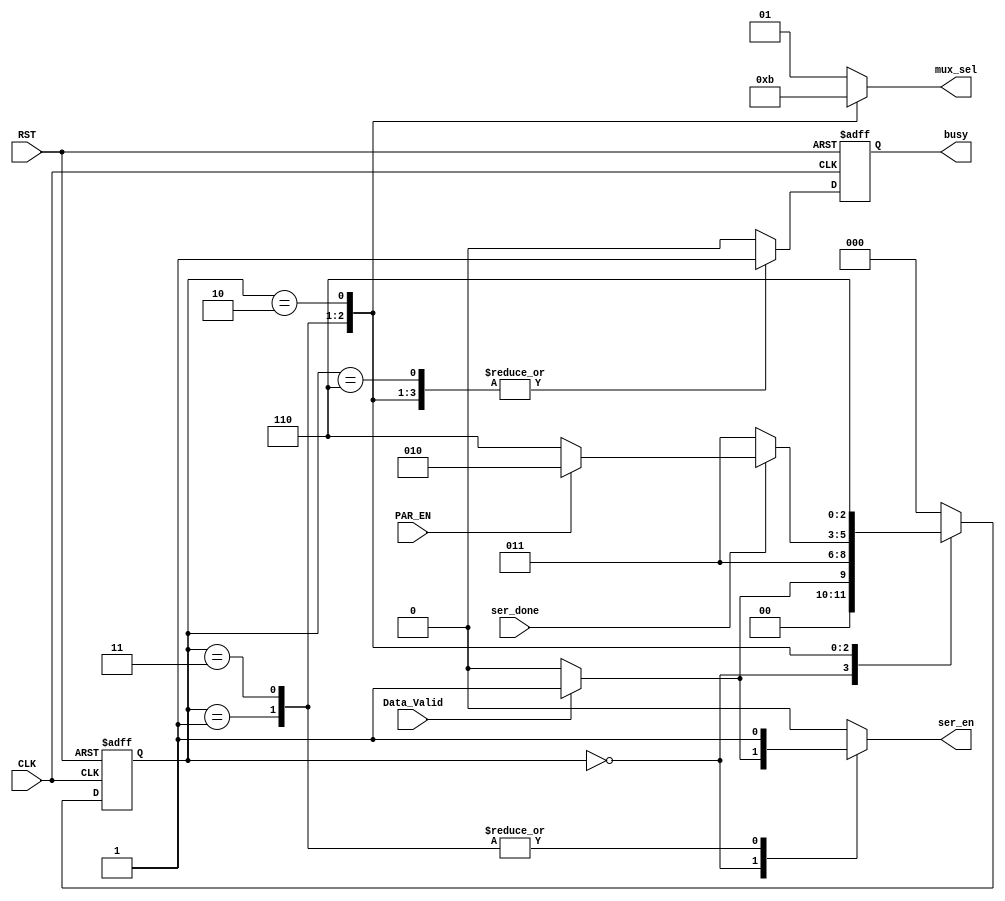
module FSM_TX 
(
input wire Data_Valid,
input wire ser_done,
input wire PAR_EN,
input wire CLK,RST,
output reg ser_en,
output reg [1:0] mux_sel,
output reg busy
);


localparam [2:0]      IDLE        = 4'b0000,
					  start_bit   = 4'b0001,
					  transfering = 4'b0011,
					  parity_bit  = 4'b0010,
					  stop_bit    = 4'b0110;
					   
	reg                    busy_c ;				   
reg    [2:0] current_state,next_state ;
					  
always@(posedge CLK or negedge RST)
 begin
	if(!RST)
		begin
			current_state <= IDLE ;
		end
	else
		begin
			current_state <= next_state ;
		end
 end
 
always @(*)
 begin
	case(current_state)
	
	IDLE 		:	begin
						if(Data_Valid)
							next_state = start_bit;
						else
							next_state = IDLE ;
					end
			
    start_bit 	:   begin 
						next_state = transfering;
					end
	
	transfering :   begin
						if(!ser_done)
							next_state = transfering;
						else if (PAR_EN)
							next_state = parity_bit;
						else
							next_state = stop_bit ;
				    end
	
	parity_bit  :	begin
						next_state = stop_bit ;
					end

	stop_bit 	:   begin
						next_state = IDLE ; 
				    end 			
	default :   next_state = IDLE ;	
	endcase
 end
 
 
 always @(*)
 begin
	mux_sel = 2'b01;
	busy_c 	= 1'b0;
	ser_en  = 1'b0;
	case(current_state)
	
	IDLE 		:	begin
						if(Data_Valid)
							begin
								//mux_sel = 2'b00;
								//busy_c    = 1'b1 ;
								ser_en  = 1'b1;
							end
						else
							begin
								busy_c    = 1'b0 ;
								mux_sel = 2'b01;
								ser_en  = 1'b0;
							end
					end
			
    start_bit 	:   begin 
						mux_sel = 2'b00;
						ser_en  = 1'b1;
						busy_c 	= 1'b1;
				    end
	
	transfering :   begin
						mux_sel = 2'b10;
						ser_en  = 1'b1;
						busy_c 	= 1'b1;
				    end
	
	parity_bit  :	begin
						mux_sel = 2'b11;
						busy_c 	= 1'b1;
					end
	
	stop_bit 	:   begin 	
						mux_sel = 2'b01;
						busy_c 	= 1'b1;
				    end 			
	default 	:	begin
						busy_c    = 1'b0 ;
						mux_sel = 2'b01;
						ser_en  = 1'b0;
					end
	endcase
 end
 
 always @ (posedge CLK or negedge RST)
 begin
  if(!RST)
   begin
    busy <= 1'b0 ;
   end
  else
   begin
    busy <= busy_c ;
   end
 end
  
 endmodule
 
 
 /*
 
module uart_tx_fsm  (

 input   wire                  CLK,
 input   wire                  RST,
 input   wire                  Data_Valid, 
 input   wire                  ser_done, 
 input   wire                  parity_enable, 
 output  reg                   Ser_enable,
 output  reg     [1:0]         mux_sel, 
 output  reg                   busy
);


// gray state encoding
parameter   [2:0]      IDLE   = 3'b000,
                       start  = 3'b001,
					   data   = 3'b011,
					   parity = 3'b010,
					   stop   = 3'b110 ;

reg         [2:0]      current_state , next_state ;
			

reg                    busy_c ;
			
//state transiton 
always @ (posedge CLK or negedge RST)
 begin
  if(!RST)
   begin
    current_state <= IDLE ;
   end
  else
   begin
    current_state <= next_state ;
   end
 end
 

// next state logic
always @ (*)
 begin
  case(current_state)
  IDLE   : begin
            if(Data_Valid)
			 next_state = start ;
			else
			 next_state = IDLE ; 			
           end
  start  : begin
			 next_state = data ;  
           end
  data   : begin
            if(ser_done)
			 begin
			  if(parity_enable)
			   next_state = parity ;
              else
			   next_state = stop ;			  
			 end
			else
			 next_state = data ; 			
           end
  parity : begin
			 next_state = stop ; 
           end
  stop   : begin
            if(Data_Valid)
			   next_state = start ;
			else
			   next_state = IDLE ; 			
           end	
  default: begin
			 next_state = IDLE ; 
           end	
  endcase                 	   
 end 

 
// output logic
always @ (*)
 begin
     Ser_enable = 1'b0 ;
     mux_sel = 2'b00 ;	
     busy_c = 1'b0 ;
  case(current_state)
  IDLE   : begin
			Ser_enable = 1'b0 ;
            mux_sel = 2'b11 ;	
            busy_c = 1'b0 ;									
           end
  start  : begin
			Ser_enable = 1'b0 ;  
            busy_c = 1'b1 ;
            mux_sel = 2'b00 ;	
           end
  data   : begin 
			Ser_enable = 1'b1 ;    
            busy_c = 1'b1 ;
            mux_sel = 2'b01 ;	
            if(ser_done)
			 Ser_enable = 1'b0 ;  
			else
 			 Ser_enable = 1'b1 ;              			 
           end
  parity : begin
            busy_c = 1'b1 ;
            mux_sel = 2'b10 ;	
           end
  stop   : begin
            busy_c = 1'b1 ;
            mux_sel = 2'b11 ;			
           end		
  default: begin
            busy_c = 1'b0 ;
			Ser_enable = 1'b0 ;
            mux_sel = 2'b00 ;		
           end	
  endcase         	              
 end 
 
 

//register output 
always @ (posedge CLK or negedge RST)
 begin
  if(!RST)
   begin
    busy <= 1'b0 ;
   end
  else
   begin
    busy <= busy_c ;
   end
 end
  

endmodule
 */